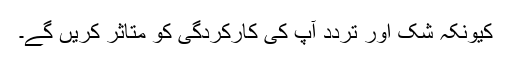
کیونکہ شک اور تردد آپ کی کارکردگی کو متاثر کریں گے۔